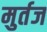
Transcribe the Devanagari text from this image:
मुर्तज